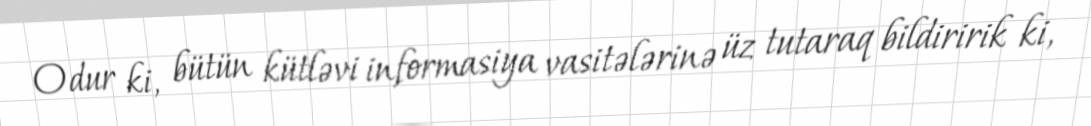
Odur ki, bütün kütləvi informasiya vasitələrinə üz tutaraq bildiririk ki,